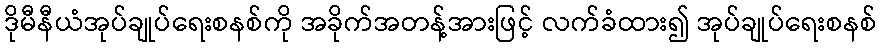
ဒိုမီနီယံအုပ်ချုပ်ရေးစနစ်ကို အခိုက်အတန့်အားဖြင့် လက်ခံထား၍ အုပ်ချုပ်ရေးစနစ်